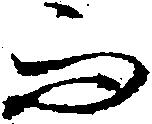
而